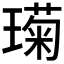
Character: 𮴱